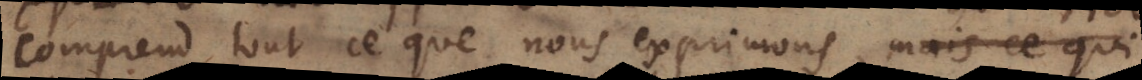
comprend tout ce que nous exprimons, mais ce qui